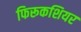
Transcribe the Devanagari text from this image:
फिरूकशियर